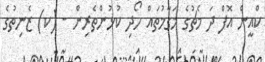
ކްއީން އޮފް ދަ މެޗުގެ މަގާމުތައް ހޯދި ކުޅުންތެރިން - (ކ) ޒެނިތުގެ